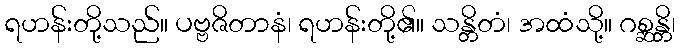
ရဟန်းတို့သည်။ ပဗ္ဗဇိတာနံ၊ ရဟန်းတို့၏။ သန္တိတံ၊ အထံသို့။ ဂစ္ဆန္တိ၊